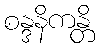
စန္ဒနိကန္တိ